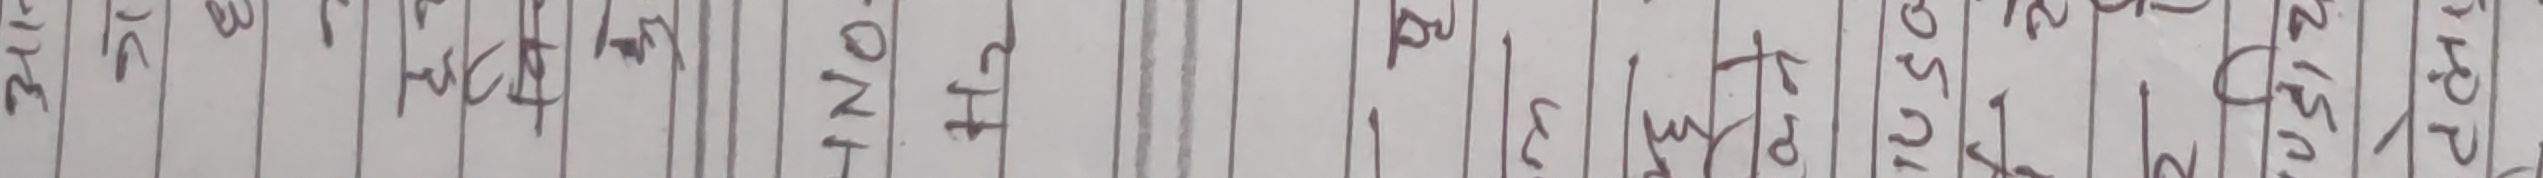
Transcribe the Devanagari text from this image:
३१/१२/२०१५
२०१८ (37)
2016/152